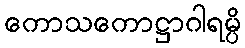
ကောသကောဋ္ဌာဂါရမ္ပိ